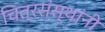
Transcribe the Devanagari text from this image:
चित्रसंस्थांनी